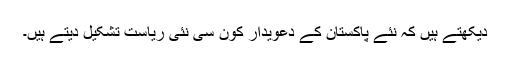
دیکھتے ہیں کہ نئے پاکستان کے دعویدار کون سی نئی ریاست تشکیل دیتے ہیں۔